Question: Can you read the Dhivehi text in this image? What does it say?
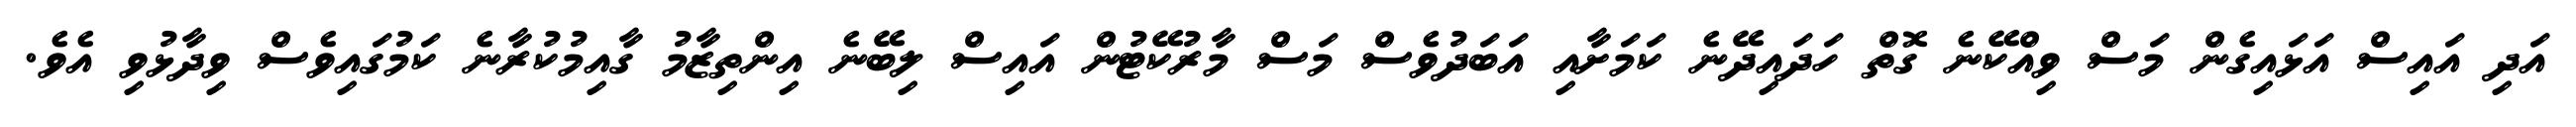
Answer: އަދި އައިސް އަޅައިގެން މަސް ވިއްކޭނެ ގޮތް ހަދައިދޭނެ ކަމަށާއި އަބަދުވެސް މަސް މާރުކޭޓުން އައިސް ލިބޭނެ އިންތިޒާމު ގާއިމުކުރާނެ ކަމުގައިވެސް ވިދާޅުވި އެވެ.